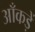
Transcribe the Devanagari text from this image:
आँकड़ें